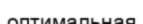
оптимальная